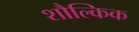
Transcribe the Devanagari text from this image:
शौल्किक